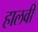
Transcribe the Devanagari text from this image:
हालवी